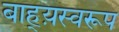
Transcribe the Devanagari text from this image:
बाह्य़स्वरूप